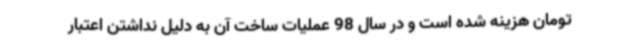
تومان هزینه شده است و در سال 98 عملیات ساخت آن به دلیل نداشتن اعتبار